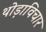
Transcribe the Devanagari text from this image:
थोड़ाविचार